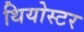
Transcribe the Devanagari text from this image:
थियोस्टर